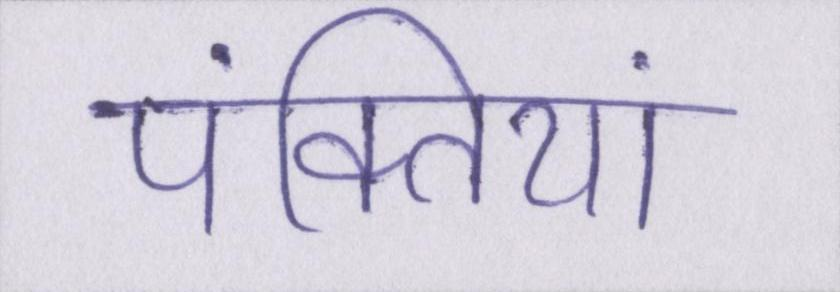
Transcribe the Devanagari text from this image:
पंक्तियां